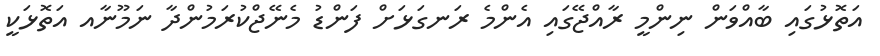
އަތޮޅުގައި ބާއްވަން ނިންމީ ރާއްޖޭގައި އެންމެ ރަނގަޅަށް ފަންޑު މެނޭޖްކުރަމުންދާ ނަމޫނާއ އަތޮޅަކީ